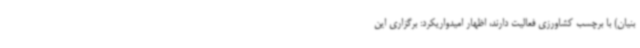
بنیان) با برچسب کشاورزی فعالیت دارند، اظهار امیدواریکرد: برگزاری این